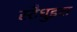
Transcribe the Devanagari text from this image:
स्टैधुइस